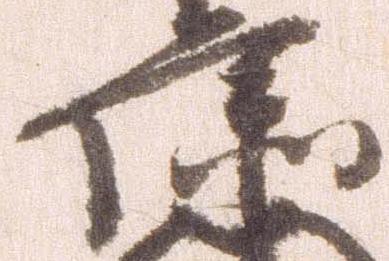
康